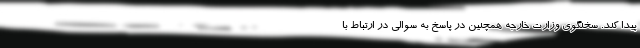
پیدا کند. سخنگوی وزارت خارجه همچنین در پاسخ به سوالی در ارتباط با